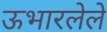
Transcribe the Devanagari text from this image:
ऊभारलेले